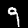
Digit: 9